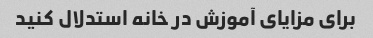
برای مزایای آموزش در خانه استدلال کنید